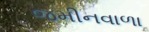
જમીનવાળા